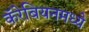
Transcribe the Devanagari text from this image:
कॅरेबियनमध्ये